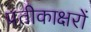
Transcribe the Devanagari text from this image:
प्रतीकाक्षरों